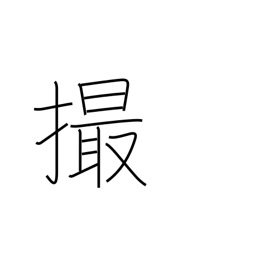
Meaning: take pictures